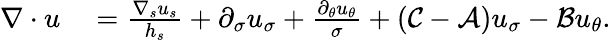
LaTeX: \begin{array}{rl}{\nabla\cdot u}&{{}=\frac{\nabla_{s}u_{s}}{h_{s}}+\partial_{\sigma}u_{\sigma}+\frac{\partial_{\theta}u_{\theta}}{\sigma}+\left(\mathcal{C}-\mathcal{A}\right)u_{\sigma}-\mathcal{B}u_{\theta}.}\end{array}